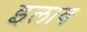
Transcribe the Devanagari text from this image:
इलाव